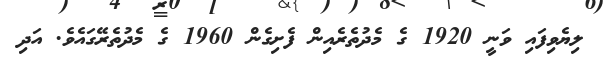
ލިޔެވިފައި ވަނީ 1920 ގެ މެދުތެރެއިން ފެށިގެން 1960 ގެ މެދުތެރޭގައެވެ. އަދި